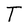
Character: T